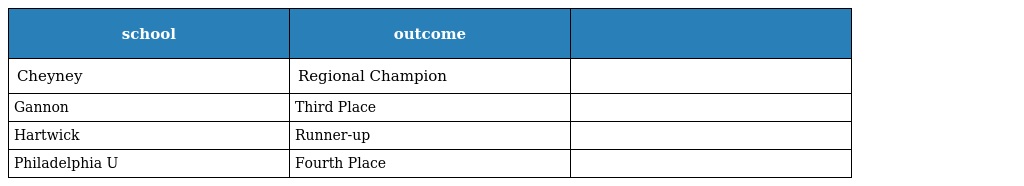
| school | outcome |  |
 | --- | --- | --- |
 | Cheyney | Regional Champion |  |
 | Gannon | Third Place |  |
 | Hartwick | Runner-up |  |
 | Philadelphia U | Fourth Place |  |